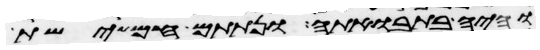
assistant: והיה בתבואתה ונתתם חמישת